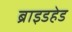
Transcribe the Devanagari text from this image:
ब्राइडहेड